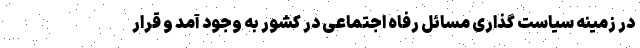
در زمینه سیاست گذاری مسائل رفاه اجتماعی در کشور به وجود آمد و قرار